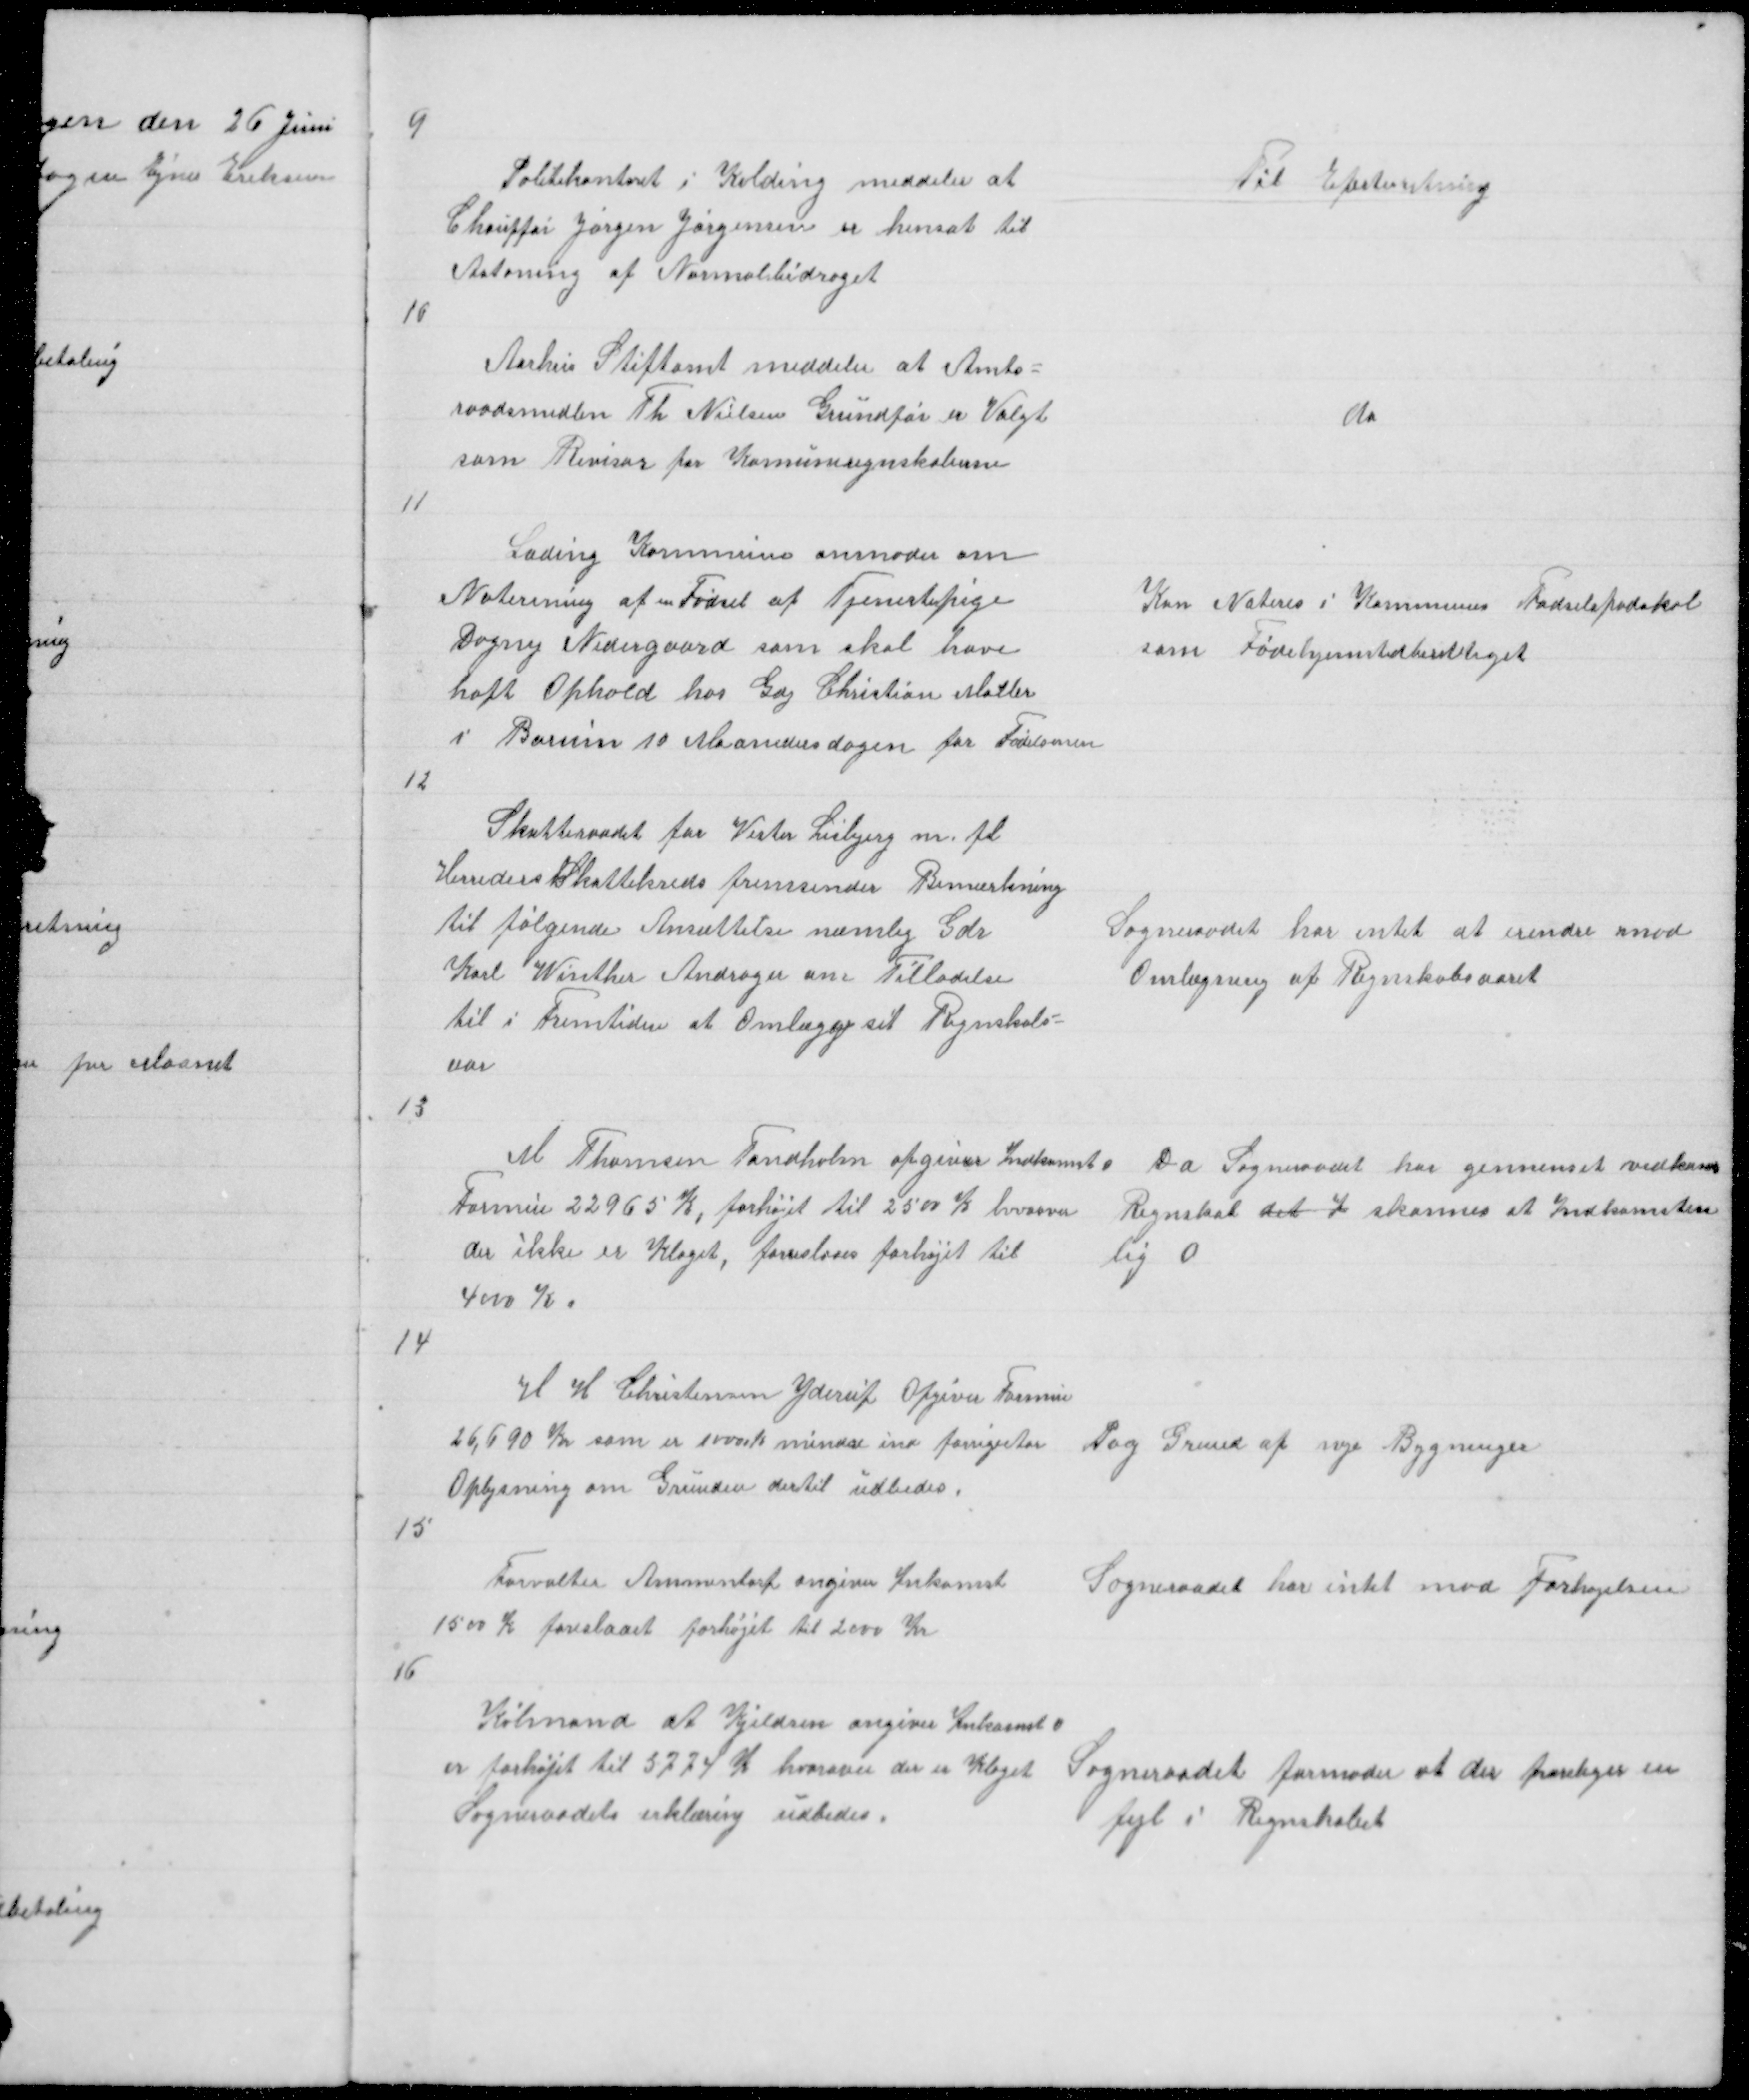
Transskription:
9

Politikontoret i Kolding meddeler at
Chauffør Jørgen Jørgensen er hensat til
Afsoning af Normalbidraget

Til Efterretning

10

Aarhus Stiftamt meddeler at Amts =
raadsmedlem Th Nielsen Grundfør er Valgt
som Revisor for Komuneregnskaberne

do

11

Lading Kommune anmoder om
Notering af en Fødsel af Tjenestepige
Dagny Nedergaard som skal have
haft Ophold hos Gdj Christian Møller
i Borum 10 Maanedersdagen for Fødelsnen
12

Kan Noteres i Kommunens Fødselspodokol
som Fødehjemstedberettiget

Skatteraadet for Vester Lisbjerg m fl
Herreders Skattekreds fremsender Bemærkning
til følgende Ansættelse næmlig Gdj
Karl Winther Andrager om Tilladelse
til i Fremtiden at Omlægge sit Regnskab =
aar

Sogneraadet har intet at erindre imod
Omlægning af Regnskabsaaret

13

M Thomsen Tandholm opgiver Indkomst o
Da Sogneraadet har gennemset vedkom
Formue 22965 K, forhøjet til 2500 K hvorover
Regnskab det I skønnes at Indkomsten
der ikke er Klaget, forreslaaes forhøjet til
lig 0
4000 K.

14

H H Christensen Yderup Opgiver Formue
26,690 Kr som er 10000 K mindre ind forrige Aar
Oplysning om Grunden dertil udbedes

Pag Grund af nye Bygninger

15

Forvalter Ammentorp angiver Inkomst
1500 K foreslaaet forhøjet til 2000 kr

Sogneraadet har intet mod Forhøjelsen

16

Købmand A Kjeldsen angiver Inkomst o
er forhøjet til 3774 K hvorover der er Klaget
Sogneraadets erklæring udbedes

Sogneraadet formoder at der foreliger en
fejl i Regnskabet